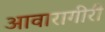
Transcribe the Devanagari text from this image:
आवारागीरी